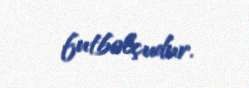
futbolçudur.